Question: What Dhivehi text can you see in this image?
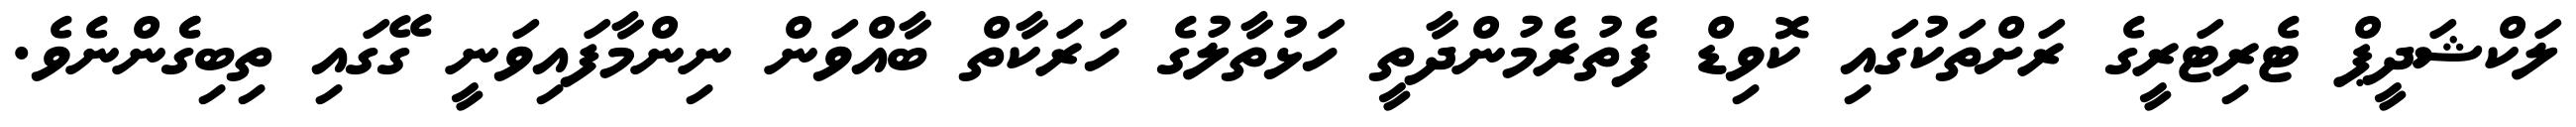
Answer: ލަކްޝަދީޕް ޓެރިޓަރީގެ ރަށްތަކުގައި ކޮވިޑް ފެތުރެމުންދާތީ ހަޅުތާލުގެ ހަރަކާތް ބާއްވަން ނިންމާފައިވަނީ ގޭގައި ތިބިގެެންނެވެ.